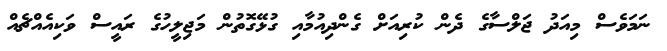
ނަމަވެސް މިއަދު ޖަލްސާގެ ދެން ކުރިއަށް ގެންދިއުމާއި ގުޅޭގޮތުން މަޖިލީހުގެ ރައީސް ވަކިއެއްޗެއް